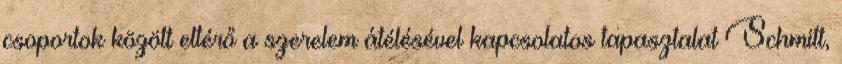
csoportok között eltérő a szerelem átélésével kapcsolatos tapasztalat Schmitt,